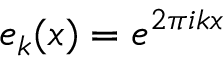
e _ { k } ( x ) = e ^ { 2 \pi i k x }